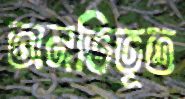
অনভিভূত